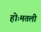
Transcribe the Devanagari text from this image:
होःमतली